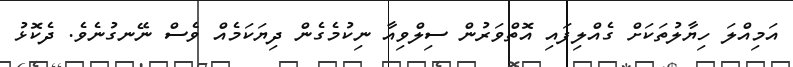
އަމިއްލަ ހިޔާލުތަކަށް ގެއްލިފައި އޮތްވަރުން ސިލްވިއާ ނިކުމެގެން ދިޔަކަމެއް ވެސް ނޭނގުނެވެ. ދެކޮޅު